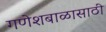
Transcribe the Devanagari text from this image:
गणेशबाळासाठी